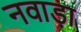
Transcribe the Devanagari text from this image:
नवाड़ा